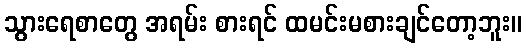
သွားရေစာတွေ အရမ်း စားရင် ထမင်းမစားချင်တော့ဘူး။